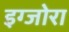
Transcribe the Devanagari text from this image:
इग्जोरा